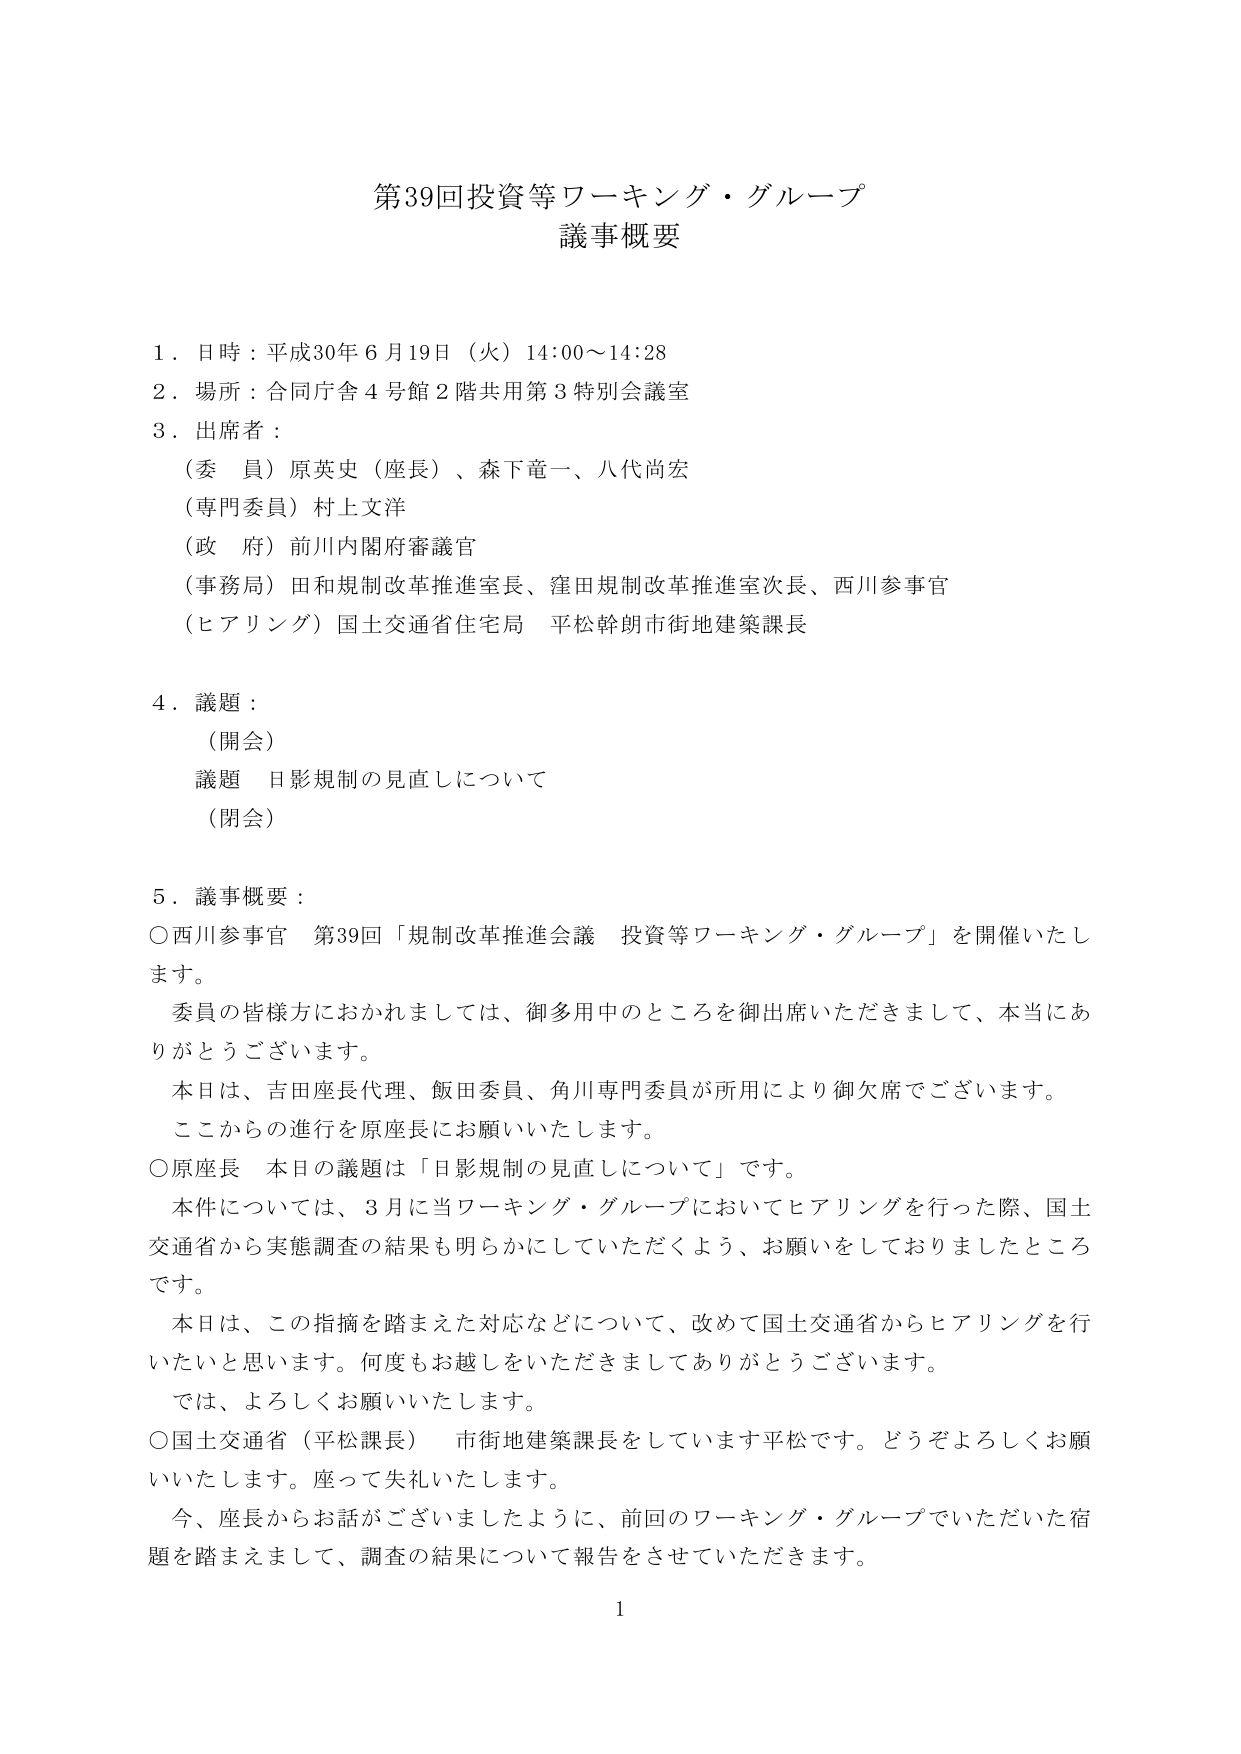
第39回投資等ワーキング・グループ
議事概要

１．日時：平成30年６月19日（火）14:00～14:28
２．場所：合同庁舎４号館２階共用第３特別会議室
３．出席者：
　（委員）原英史（座長）、森下竜一、八代尚宏
　（専門委員）村上文洋
　（政府）前川内閣府審議官
　（事務局）田和規制改革推進室長、窪田規制改革推進室次長、西川参事官
　（ヒアリング）国土交通省住宅局 平松幹朗市街地建築課長

４．議題：
　（開会）
　議題 日影規制の見直しについて
　（閉会）

５．議事概要：
　○西川参事官 第39回「規制改革推進会議 投資等ワーキング・グループ」を開催いたします。
　　委員の皆様方におかれましては、御多用中のところを御出席いただきまして、本当にありがとうございます。
　　本日は、吉田座長代理、飯田委員、角川専門委員が所用により御欠席でございます。
　　ここからの進行を原座長にお願いいたします。
　○原座長 本日の議題は「日影規制の見直しについて」です。
　　本件については、3月に当ワーキング・グループにおいてヒアリングを行った際、国土交通省から実態調査の結果も明らかにしていただくよう、お願いをしておりましたところです。
　　本日は、この指摘を踏まえた対応などについて、改めて国土交通省からヒアリングを行いたいと思います。何度もお越しをいただきましてありがとうございます。
　　では、よろしくお願いいたします。
　○国土交通省（平松課長） 市街地建築課長をしています平松です。どうぞよろしくお願いいたします。座って失礼いたします。
　　今、座長からお話がございましたように、前回のワーキング・グループでいただいた宿題を踏まえまして、調査の結果について報告をさせていただきます。

1